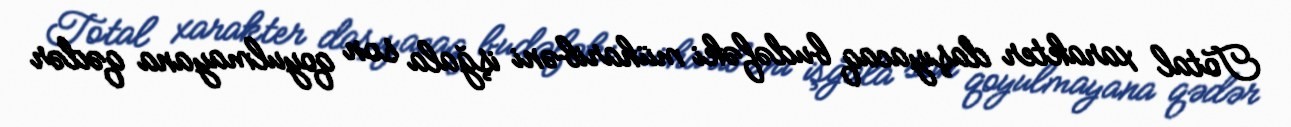
Total xarakter daşıyacaq budəfəki müharibəni işğala son qoyulmayana qədər